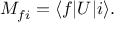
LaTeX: M _ { f i } = \langle f | U | i \rangle .